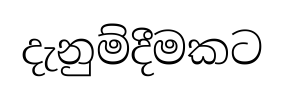
දැනුම්දීමකට